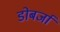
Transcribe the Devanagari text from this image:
डोबर्जा